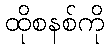
ထိုစနစ်ကို